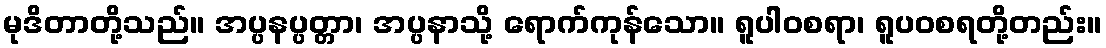
မုဒိတာတို့သည်။ အပ္ပနပ္ပတ္တာ၊ အပ္ပနာသို့ ရောက်ကုန်သော။ ရူပါဝစရာ၊ ရူပဝစရတို့တည်း။